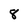
Character: 8